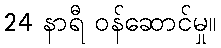
24 နာရီ ဝန်ဆောင်မှု။